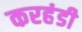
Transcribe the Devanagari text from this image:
करहंडी